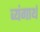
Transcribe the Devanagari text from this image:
व्यंगार्थ